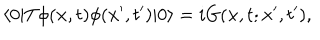
LaTeX: \langle 0 | T \phi ( { \bf x } , t ) \phi ( { \bf x ^ { \prime } } , t ^ { \prime } ) | 0 \rangle = i G ( { \bf x } , t ; { \bf x } ^ { \prime } , t ^ { \prime } ) ,